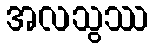
အလသွဿ